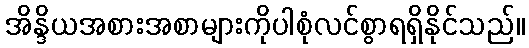
အိန္ဒိယအစားအစာများကိုပါစုံလင်စွာရရှိနိုင်သည်။